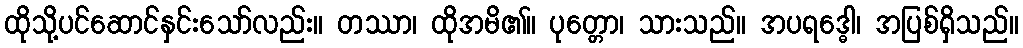
ထိုသို့ပင်ဆောင်နှင်းသော်လည်း။ တဿာ၊ ထိုအမိ၏။ ပုတ္တော၊ သားသည်။ အပရဒ္ဓေါ၊ အပြစ်ရှိသည်။